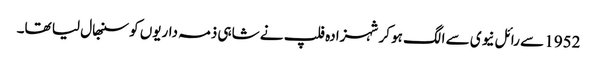
1952 سے رائل نیوی سے الگ ہو کر شہزادہ فلپ نے شاہی ذمہ داریوں کو سنبھال لیا تھا۔